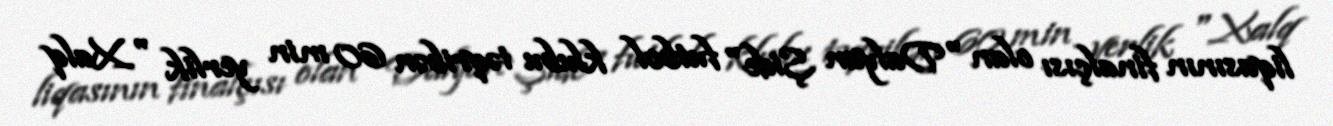
liqasının finalçısı olan "Dalyan Şide" futbol klubu təqribən 60 min yerlik "Xalq